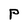
Character: P